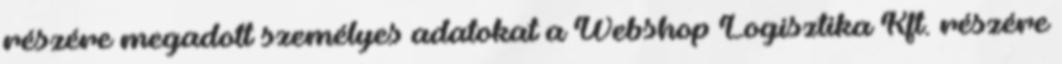
részére megadott személyes adatokat a Webshop Logisztika Kft. részére